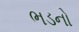
ભડનો